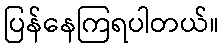
ပြန်နေကြရပါတယ်။